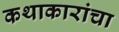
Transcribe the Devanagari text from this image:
कथाकारांचा